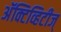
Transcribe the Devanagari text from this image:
अॅक्टिव्हिटीज्